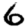
Digit: 6